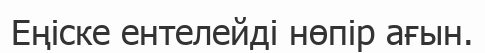
Еңіске ентелейді нөпір ағын.